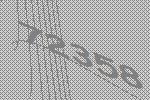
72358